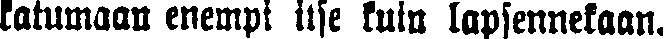
katumaan enempi itse kuin lapsennekaan.